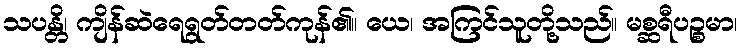
သပန္တိ၊ ကျိန်ဆဲရေရွတ်တတ်ကုန်၏။ ယေ၊ အကြင်သူတို့သည်။ မစ္ဆရီပဉ္စမာ၊